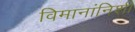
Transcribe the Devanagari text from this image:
विमानांनिशी